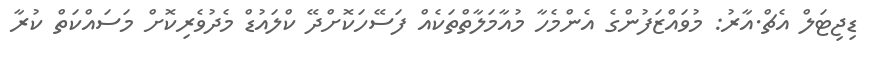
ޑިޖިޓަލް އެޗް.އާރު: މުވައްޒަފުންގެ އެންމެހާ މުއާމަލާތްތަކެއް ފަސޭހަކޮށްދޭ ކްލައުޑް މެދުވެރިކޮށް މަސައްކަތް ކުރާ